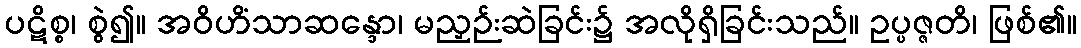
ပဋိစ္စ၊ စွဲ၍။ အဝိဟိံသာဆန္ဒော၊ မညှဉ်းဆဲခြင်း၌ အလိုရှိခြင်းသည်။ ဥပ္ပဇ္ဇတိ၊ ဖြစ်၏။